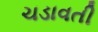
ચડાવતી